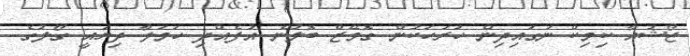
ޖޯޝުއާ ކިމިކް ނަގައިދިން ހުރަހަކުން ގޮމޭޒް ބޮލުން އުފެއްދި ހަމަލާ ދިޔައީ ގޯލުގެ